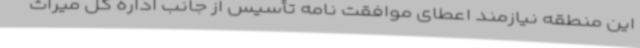
این منطقه نیازمند اعطای موافقت نامه تأسیس از جانب اداره کل میراث